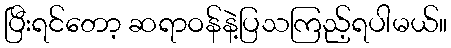
ပြီးရင်တော့ ဆရာဝန်နဲ့ပြသကြည့်ရပါမယ်။